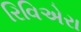
રિવિએરા